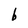
Character: b